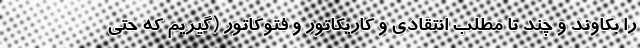
را بکاوند و چند تا مطلب انتقادی و کاریکاتور و فتوکاتور (گیریم که حتی